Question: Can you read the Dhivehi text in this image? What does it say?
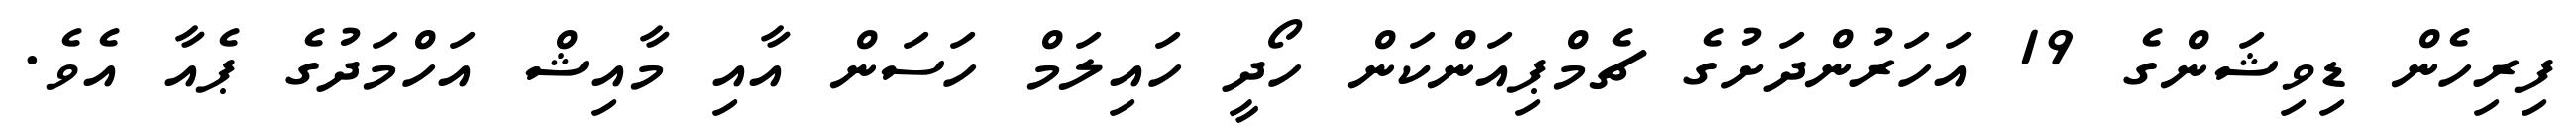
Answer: ފިރިހެން ޑިވިޝަންގެ 19 އަހަރުންދަށުގެ ޗެމްޕިއަންކަން ހޯދީ ހައިލަމް ހަސަން އާއި މާއިޝް އަހްމަދުގެ ޕެއާ އެވެ.